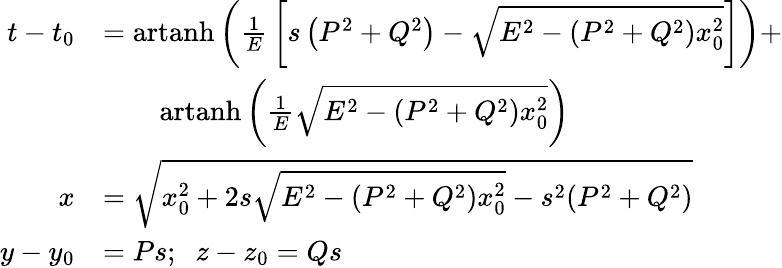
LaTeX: {\begin{array}{rl}{t-t_{0}}&{=\operatorname{artanh}\left({\frac{1}{E}}\left[s\left(P^{2}+Q^{2}\right)-{\sqrt{E^{2}-\left(P^{2}+Q^{2}\right)x_{0}^{2}}}\right]\right)+}\\ &{\qquad\operatorname{artanh}\left({\frac{1}{E}}{\sqrt{E^{2}-(P^{2}+Q^{2})x_{0}^{2}}}\right)}\\ {x}&{={\sqrt{x_{0}^{2}+2s{\sqrt{E^{2}-(P^{2}+Q^{2})x_{0}^{2}}}-s^{2}(P^{2}+Q^{2})}}}\\ {y-y_{0}}&{=Ps;\; \; z-z_{0}=Qs}\end{array}}